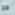
هو